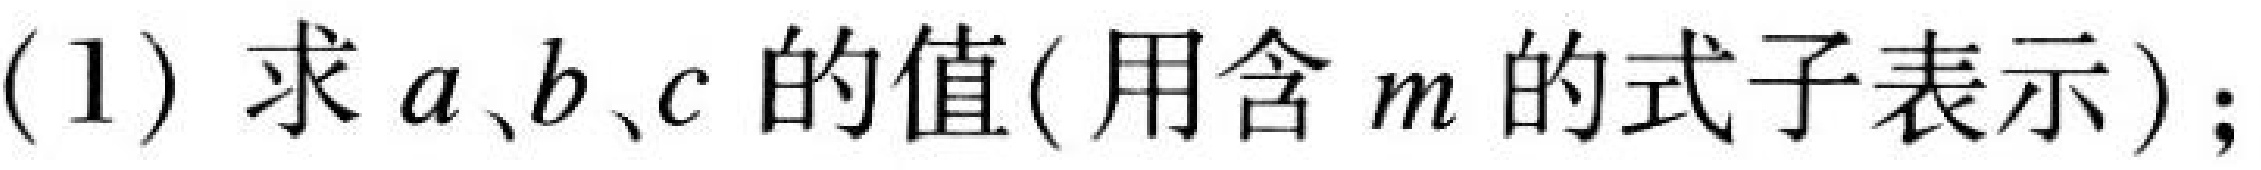
(1) 求\(a、b、c\)的值(用含\(m\)的式子表示)；